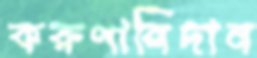
করুণানিদান